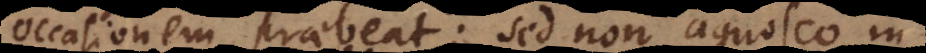
occasionem praebeat; sed non agnosco in